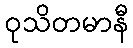
ဝုသိတမာနီ